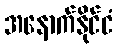
အနောက်နိုင်ငံ